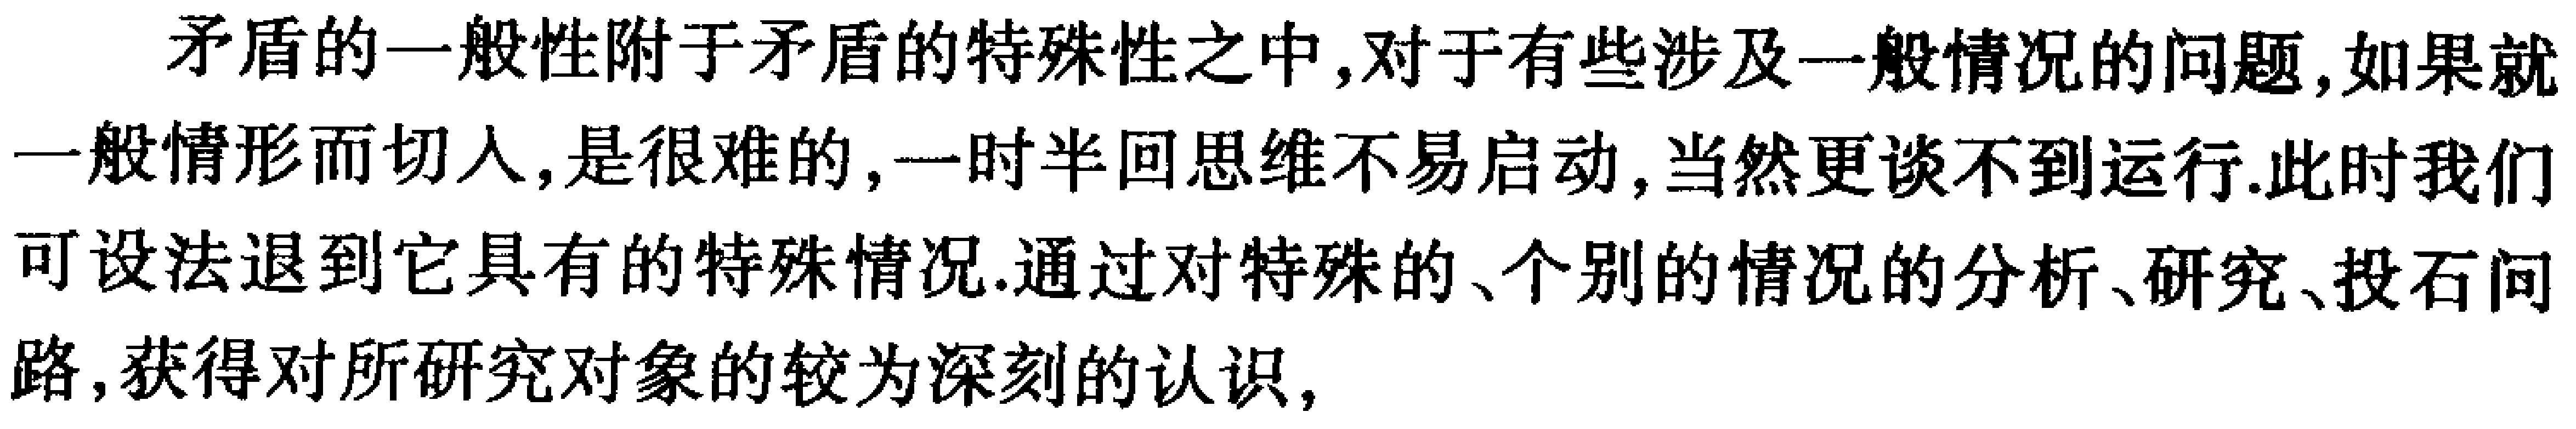
矛盾的一般性附于矛盾的特殊性之中,对于有些涉及一般情况的问题,如果就一般情形而切入,是很难的,一时半回思维不易启动,当然更谈不到运行.此时我们可设法退到它具有的特殊情况.通过对特殊的、个别的情况的分析、研究、投石问路,获得对所研究对象的较为深刻的认识,